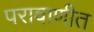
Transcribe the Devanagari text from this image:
परावाणीत